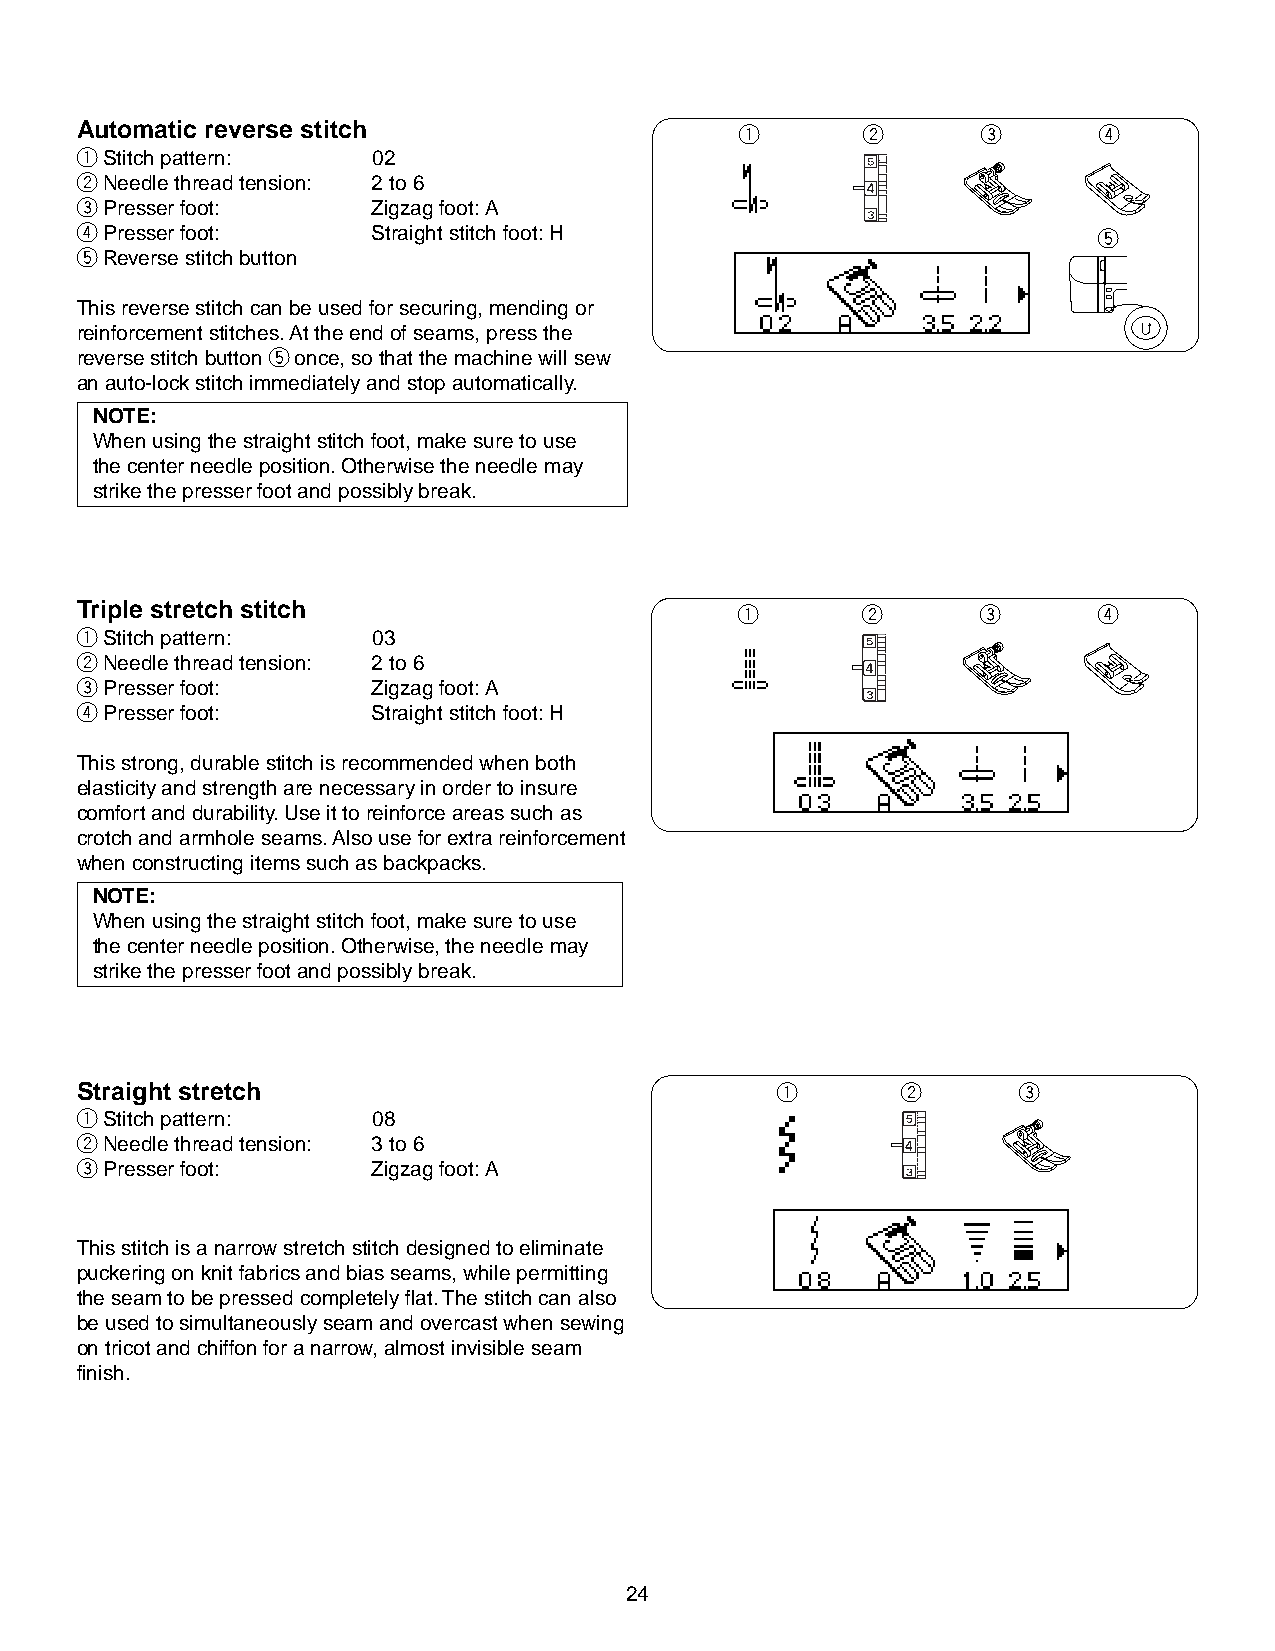
Automatic reverse stitch                    q       w       e       r
 qStitch pattern:    02
 wNeedle thread tension: 2 to 6
 ePresser foot:      Zigzag foot: A
 rPresser foot:      Straight stitch foot: H                         t
 tReverse stitch button
 This reverse stitch can be used for securing, mending or
 reinforcement stitches. At the end of seams, press the
 reverse stitch button t once, so that the machine will sew
 an auto-lock stitch immediately and stop automatically.
 NOTE:
 When using the straight stitch foot, make sure to use
 the center needle position. Otherwise the needle may
 strike the presser foot and possibly break.
 Triple stretch stitch                       q       w       e       r
 qStitch pattern:    03
 wNeedle thread tension: 2 to 6
 ePresser foot:      Zigzag foot: A
 rPresser foot:      Straight stitch foot: H
 This strong, durable stitch is recommended when both
 elasticity and strength are necessary in order to insure
 comfort and durability. Use it to reinforce areas such as
 crotch and armhole seams. Also use for extra reinforcement
 when constructing items such as backpacks.
 NOTE:
 When using the straight stitch foot, make sure to use
 the center needle position. Otherwise, the needle may
 strike the presser foot and possibly break.
 Straight stretch                              q        w      e
 qStitch pattern:    08
 wNeedle thread tension: 3 to 6
 ePresser foot:      Zigzag foot: A
 This stitch is a narrow stretch stitch designed to eliminate
 puckering on knit fabrics and bias seams, while permitting
 the seam to be pressed completely flat. The stitch can also
 be used to simultaneously seam and overcast when sewing
 on tricot and chiffon for a narrow, almost invisible seam
 finish.
 24